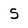
Character: S